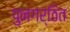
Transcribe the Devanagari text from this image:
पुनगर्ठित